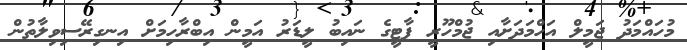
މުހައްމަދު ޖަމީލް އަހްމަދަށާއި ޖުމްހޫރީ ޕާޓީގެ ނައިބު ލީޑަރު އަމީން އިބްރާހިމަށް އިނގިރޭސިވިލާތުން